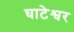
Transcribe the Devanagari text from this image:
घाटेश्वर